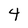
Character: 4